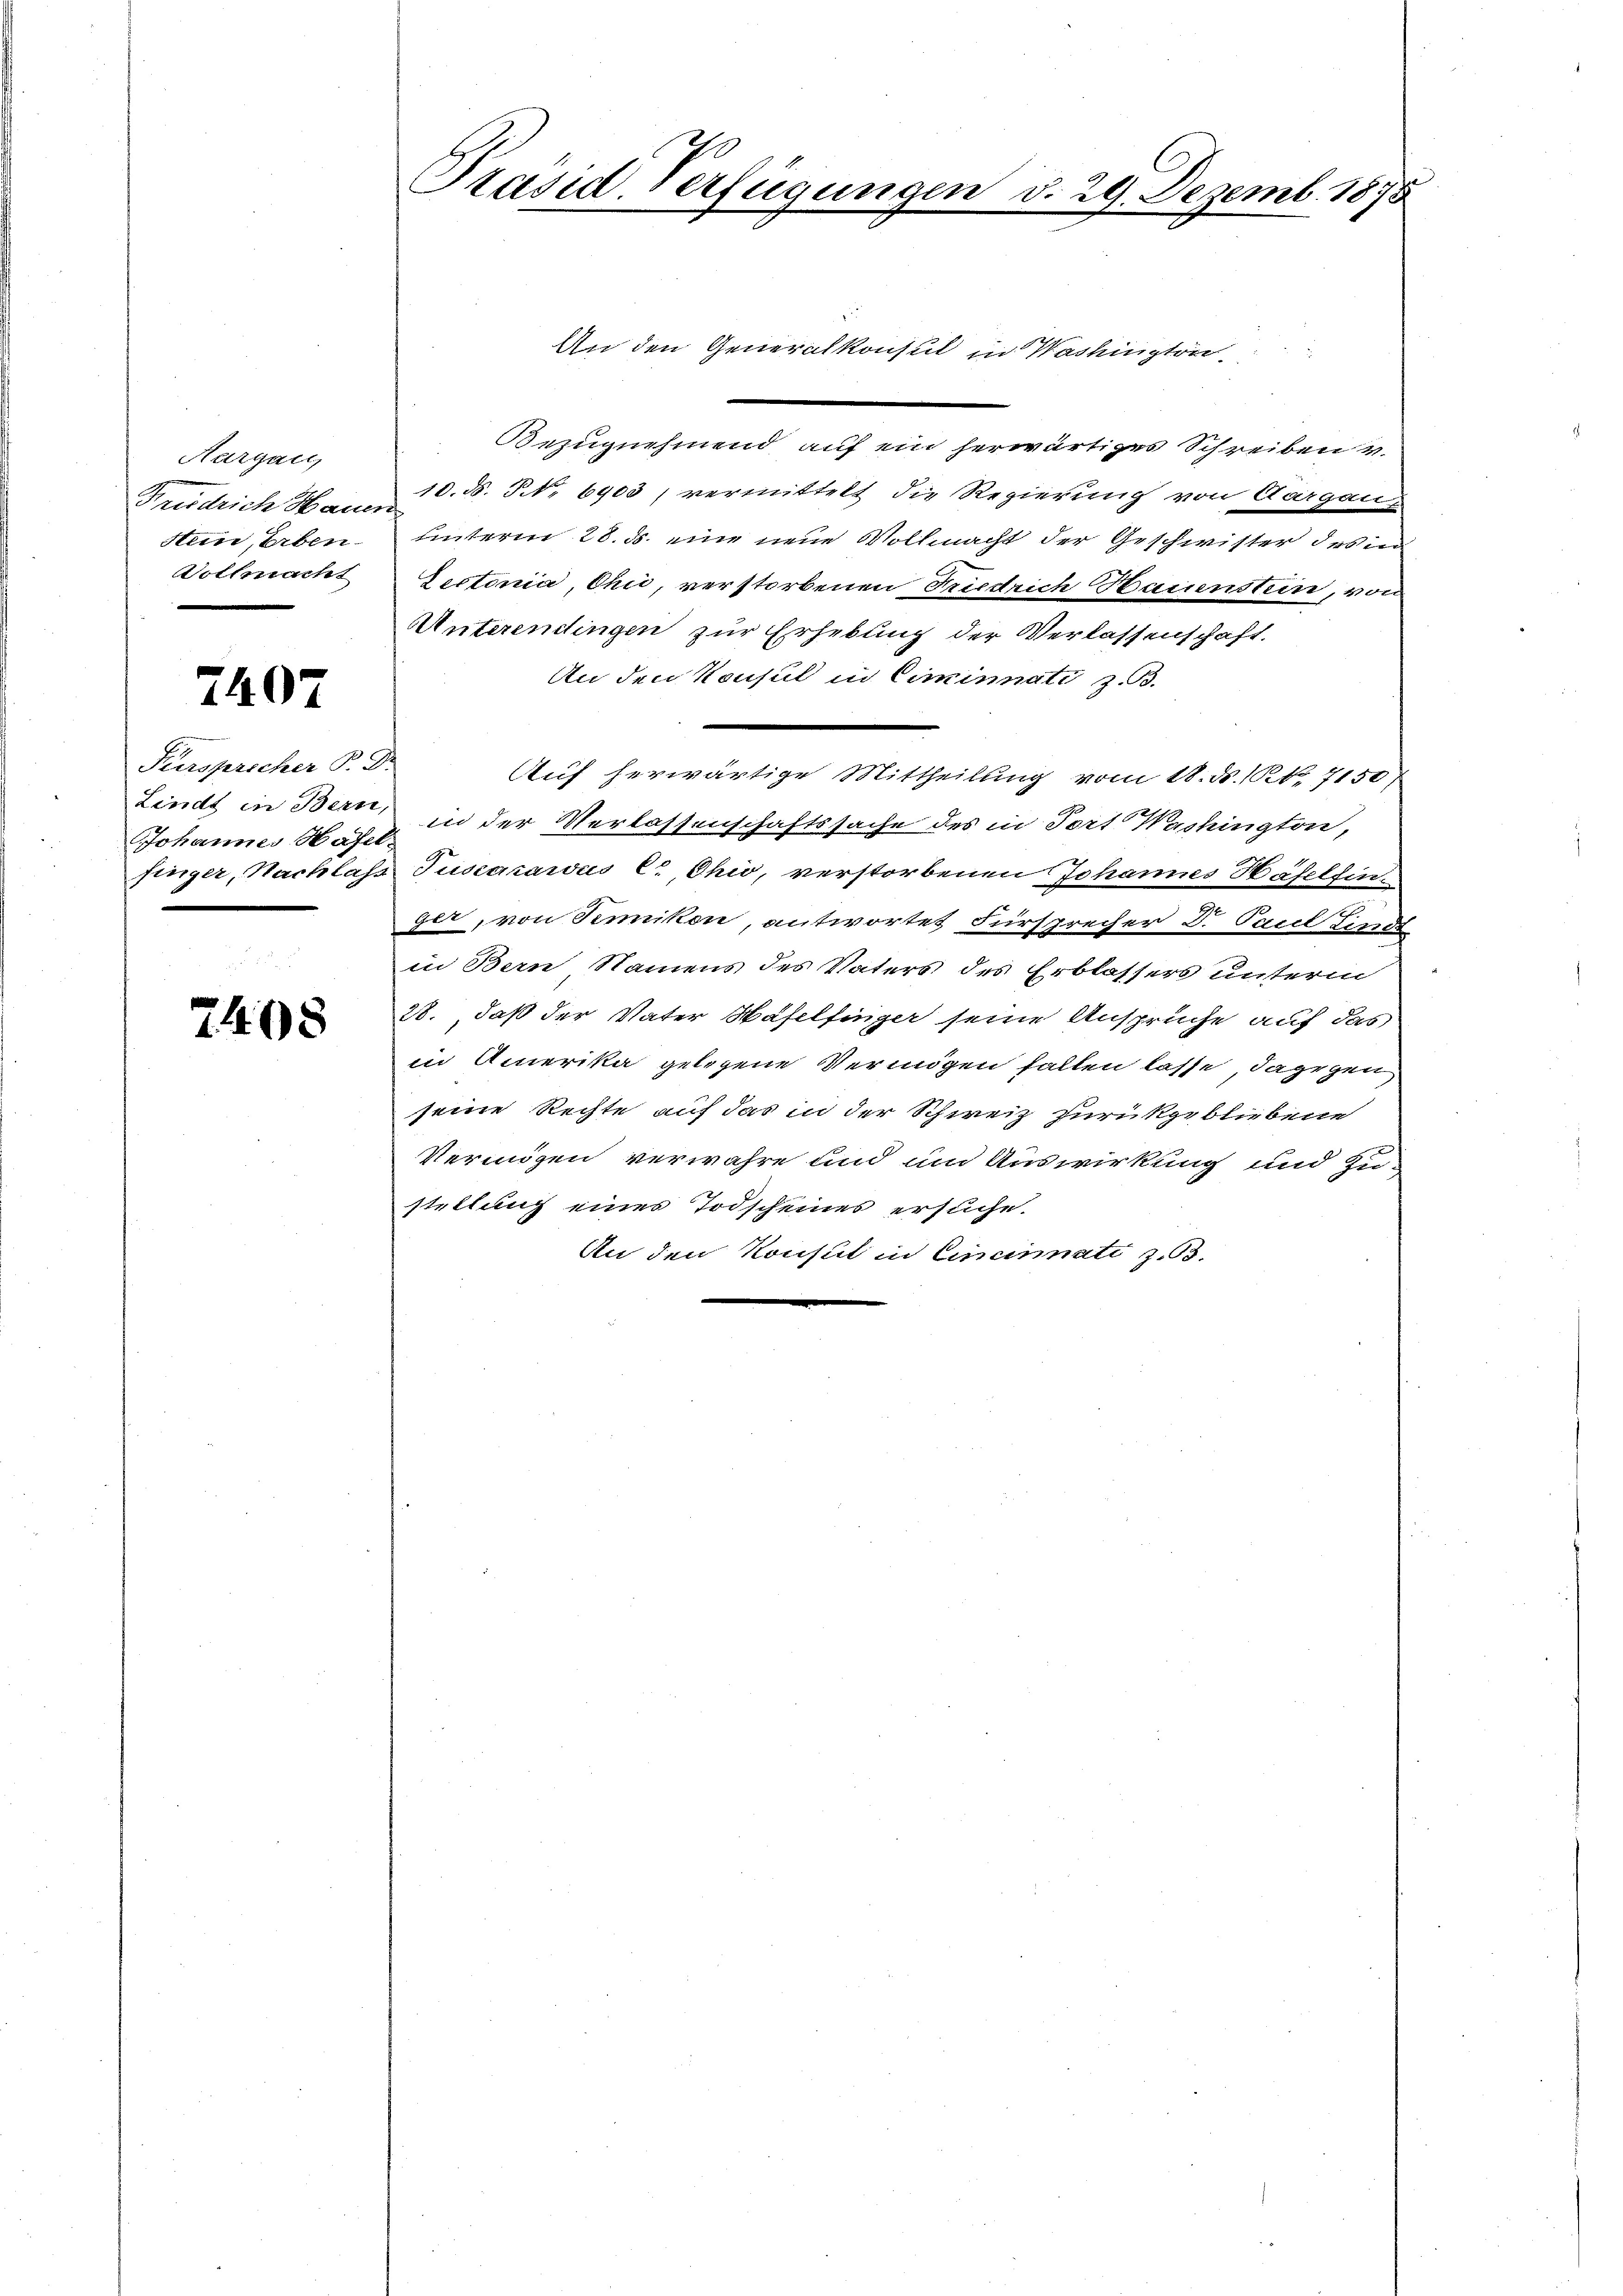
Aargau,
sten, Erben.
Vollmacht

2407

Fürspricher P. D.
Johannes Hasel-

7408

Präsid-Verfügungen d. 29. Dezemb. 1875

An den Generalkonsul in Washington
Bezugnehmend auf ein herwärtiges Schreiben v.
Früdrich Hann 10. d. No 6903, vermittelt die Regierung von Aargau,
uinterm 28. d. eine neue Vollmacht der Geschwister des
Lectonia, Chić, verstorbenen Friedrich Hauenstein, von
Unterendingen zur Erhebung der Verlassenschaft.
An den Konsul in Ciminati z. B.
Auf herwärtige Mittheilung vom 18. d. R., 7150)
Lindt in Bern, in der Verlassenschaftssache des in Tort Washington,
singer, Nachlass Tuscazarus C, Ohio, verstorbenen Johannes Haselfin
det, von Senikon, antwortet Fürsprecher Dr. Paul Lindt
in Bern Namens des Vaters des Erblassers unterm
28., daß der Vater Haselfinger seine Ansprüche auf das
in Amerika gelegene Vermögen fallen lasse, dagegen
seine Rechte auf das in der Schweiz zurückgebliebene
Vermögen verwahre und um Auswirkung und Zustellung eines Todscheines ersuche.
An den Konsul in Cincinati z. B.